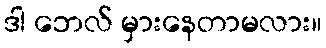
ဒါ ဘေလ် မှားနေတာမလား။